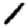
Digit: 1